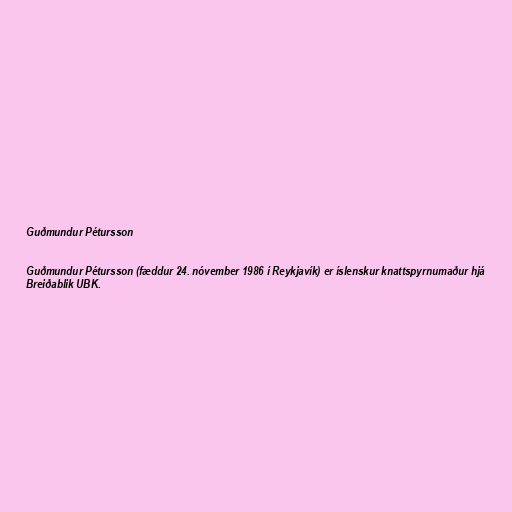
Guðmundur Pétursson

Guðmundur Pétursson (fæddur 24. nóvember 1986 í Reykjavík) er íslenskur knattspyrnumaður hjá
Breiðablik UBK.